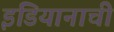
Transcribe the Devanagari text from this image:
इंडियानाची